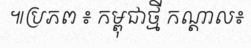
៕ប្រភព ៖ កម្ពុជាថ្មី កណ្តាល៖